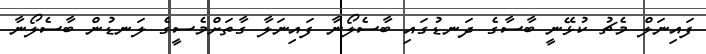
ފައިނަލް މެޗު ކުޅޭނީ ބާސާގެ ދަނޑުގައި ބާސެލޯނާ ފައިނަލާ ގާތަށްމެސީގެ ލަނޑުން ބާސެލޯނާ